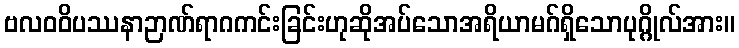
ဗလဝဝိပဿနာဉာဏ်ရာဂကင်းခြင်းဟုဆိုအပ်သောအရိယာမဂ်ရှိသောပုဂ္ဂိုလ်အား။